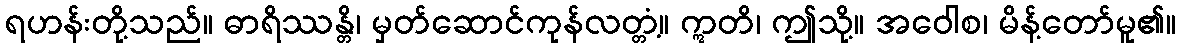
ရဟန်းတို့သည်။ ဓာရိဿန္တိ၊ မှတ်ဆောင်ကုန်လတ္တံ့။ ဣတိ၊ ဤသို့။ အဝေါစ၊ မိန့်တော်မူ၏။